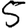
Digit: 5